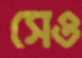
সেও